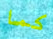
كما